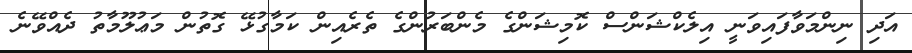
އަދި ނިންމަވާފައިވަނީ އިލެކްޝަންސް ކޮމިޝަންގެ މެންބަރުންގެ ތެރެއިން ކަމާގުޅޭ ގޮތުން މަޢުލޫމާތު ދެއްވޭނެ